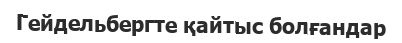
Гейдельбергте қайтыс болғандар